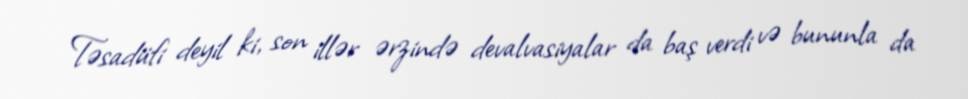
Təsadüfi deyil ki, son illər ərzində devalvasiyalar da baş verdi və bununla da